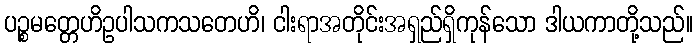
ပဉ္စမတ္တေဟိဥပါသကသတေဟိ၊ ငါးရာအတိုင်းအရှည်ရှိကုန်သော ဒါယကာတို့သည်။